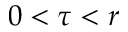
0 < \tau < r